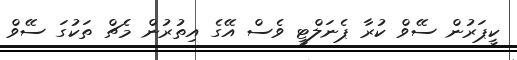
ކީޕަރުން ސޭވް ކުރާ ޕެނަލްްްްޓީ ވެސް އޭގެ އިތުރުން މެެެެޗް ތަކުގަ ސޭވް